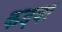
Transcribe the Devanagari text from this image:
कदवा